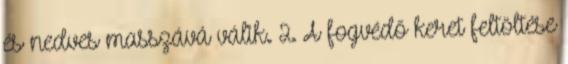
és nedves masszává válik. 2. A fogvédő keret feltöltése